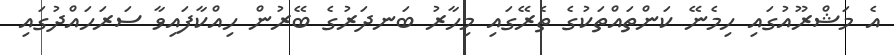
އެ މަޝްރޫއުގައި ހިމެނޭ ކަންތައްތަކުގެ ތެރޭގައި މިހާރު ބަނދަރުގެ ބޭރުން ހިއްކާފައިވާ ސަރަހައްދުގައި